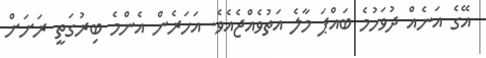
އޭގެ އަނެއް ދުވަހުމެ ބައްޕަ މާލެ އަތުވެއްޖެއެވެ. އަހަރެން އެންމެ ބިރުގަތީ ރަށަށް